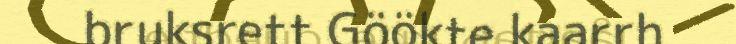
bruksrett Göökte kaarrh